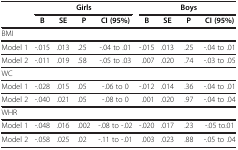
| <ROWSPAN=2>  |  |  | Girls |  |  |  | Boys |  |
 | B | SE | P | CI (95%) | B | SE | P | CI (95%) |
 | --- | --- | --- | --- | --- | --- | --- | --- | --- |
 | <COLSPAN=9> BMI |
 | Model 1 | -.015 | .013 | .25 | -.04 to .01 | -.015 | .013 | .25 | -.04 to .01 |
 | Model 2 | -.011 | .019 | .58 | -.05 to .03 | .007 | .020 | .74 | -.03 to .05 |
 | <COLSPAN=9> WC |
 | Model 1 | -.028 | .015 | .05 | -.06 to 0 | -.012 | .014 | .36 | -.04 to .01 |
 | Model 2 | -.040 | .021 | .05 | -.08 to 0 | .001 | .020 | .97 | -.04 to .04 |
 | <COLSPAN=9> WHR |
 | Model 1 | -.048 | .016 | .002 | -.08 to -.02 | -.020 | .017 | .23 | -.05 to.01 |
 | Model 2 | -.058 | .025 | .02 | -.11 to -.01 | .003 | .023 | .88 | -.05 to .04 |